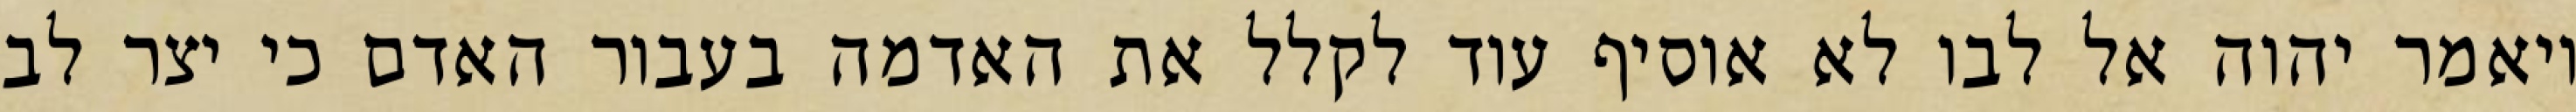
ויאמר יהוה אל לבו לא אוסיף עוד לקלל את האדמה בעבור האדם כי יצר לב